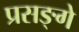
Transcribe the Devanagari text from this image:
प्रसङ्गे